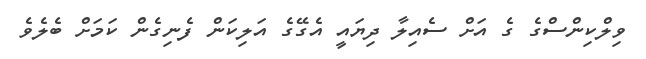
ވިލްކިންސްގެ ގެ އަށް ސެއިލާ ދިޔައީ އެގޭގެ އަލިކަން ފެނިގެން ކަމަށް ބެލެވެ